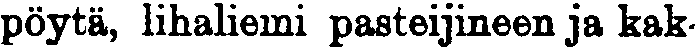
pöytä, lihaliemi pasteijineen ja kak-